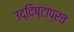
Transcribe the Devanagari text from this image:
उद्दिष्टाप्रत